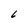
Character: 6